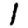
Digit: 1